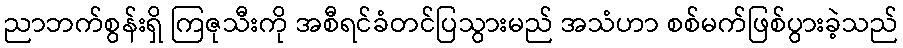
ညာဘက်စွန်းရှိ ကြဇုသီးကို အစီရင်ခံတင်ပြသွားမည် အသံဟာ စစ်မက်ဖြစ်ပွားခဲ့သည်